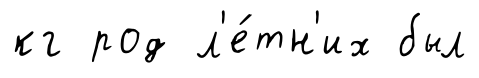
кг род л'е́тн'их был